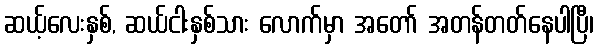
ဆယ့်လေးနှစ်, ဆယ်ငါးနှစ်သား လောက်မှာ အတော် အတန်တတ်နေပါပြီ၊